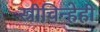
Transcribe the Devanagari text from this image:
स्त्रीचिन्हेही